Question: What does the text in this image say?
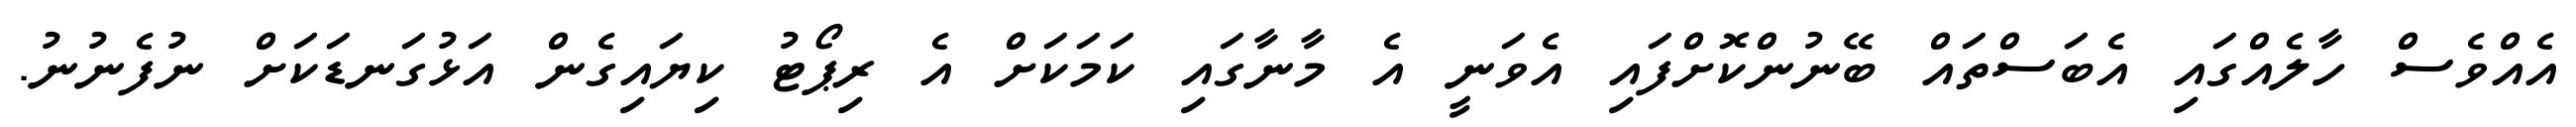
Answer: އެއްވެސް ހާލެއްގައި އެބަސްތައް ބޭނުންކޮށްފައި އެވަނީ އެ މާނާގައި ކަމަކަށް އެ ރިޕޯޓު ކިޔައިގެން އަޅުގަނޑަކަށް ނުފެނުނު.